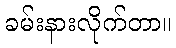
ခမ်းနားလိုက်တာ။